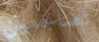
تضاجعين